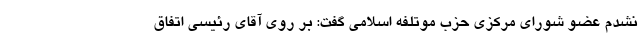
نشدم عضو شورای مرکزی حزب موتلفه اسلامی گفت: بر روی آقای رئیسی اتفاق